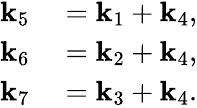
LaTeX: \begin{array}{rl}{\mathbf{k}_{5}}&{{}=\mathbf{k}_{1}+\mathbf{k}_{4},}\\ {\mathbf{k}_{6}}&{{}=\mathbf{k}_{2}+\mathbf{k}_{4},}\\ {\mathbf{k}_{7}}&{{}=\mathbf{k}_{3}+\mathbf{k}_{4}.}\end{array}